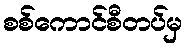
စစ်ကောင်စီတပ်မှ